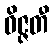
ဝိဇ္ဇတီ